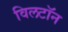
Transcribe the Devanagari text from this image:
विलटॉन